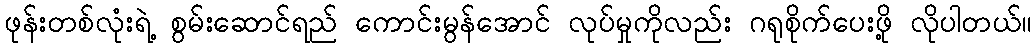
ဖုန်းတစ်လုံးရဲ့ စွမ်းဆောင်ရည် ကောင်းမွန်အောင် လုပ်မှုကိုလည်း ဂရုစိုက်ပေးဖို့ လိုပါတယ်။